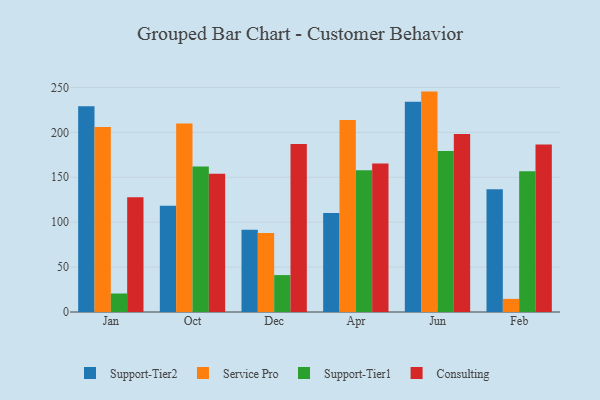
{"axis": {"x": "Month", "y": "Humidity (%)"}, "legend": ["Consulting", "Service Pro", "Support-Tier1", "Support-Tier2"], "data": [{"x": "Jan", "y": 229.2, "type": "Support-Tier2"}, {"x": "Jan", "y": 206.1, "type": "Service Pro"}, {"x": "Jan", "y": 20.6, "type": "Support-Tier1"}, {"x": "Jan", "y": 127.8, "type": "Consulting"}, {"x": "Oct", "y": 118.2, "type": "Support-Tier2"}, {"x": "Oct", "y": 209.8, "type": "Service Pro"}, {"x": "Oct", "y": 162.1, "type": "Support-Tier1"}, {"x": "Oct", "y": 153.9, "type": "Consulting"}, {"x": "Dec", "y": 91.7, "type": "Support-Tier2"}, {"x": "Dec", "y": 87.9, "type": "Service Pro"}, {"x": "Dec", "y": 41.1, "type": "Support-Tier1"}, {"x": "Dec", "y": 187.0, "type": "Consulting"}, {"x": "Apr", "y": 110.2, "type": "Support-Tier2"}, {"x": "Apr", "y": 213.7, "type": "Service Pro"}, {"x": "Apr", "y": 157.8, "type": "Support-Tier1"}, {"x": "Apr", "y": 165.4, "type": "Consulting"}, {"x": "Jun", "y": 234.2, "type": "Support-Tier2"}, {"x": "Jun", "y": 245.4, "type": "Service Pro"}, {"x": "Jun", "y": 179.3, "type": "Support-Tier1"}, {"x": "Jun", "y": 198.1, "type": "Consulting"}, {"x": "Feb", "y": 136.7, "type": "Support-Tier2"}, {"x": "Feb", "y": 14.6, "type": "Service Pro"}, {"x": "Feb", "y": 156.7, "type": "Support-Tier1"}, {"x": "Feb", "y": 186.4, "type": "Consulting"}]}